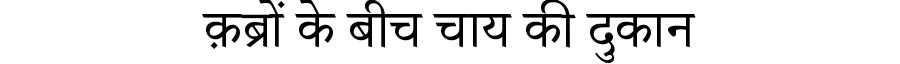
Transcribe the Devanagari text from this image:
क़ब्रों के बीच चाय की दुकान